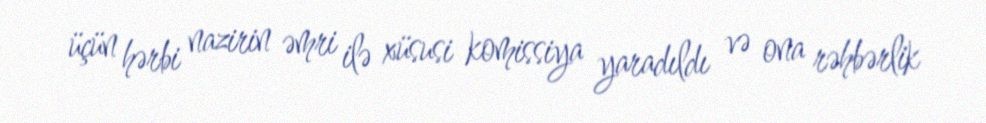
üçün hərbi nazirin əmri ilə xüsusi komissiya yaradıldı və ona rəhbərlik